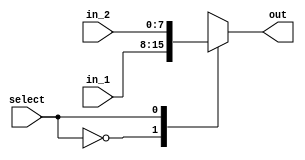
module Mux2 (
    input select,
    input [7:0] in_1,
    input [7:0] in_2,
    output reg [7:0] out
);
    always @(*) begin
        case (select)
            0: out = in_1;
            1: out = in_2;
        endcase
    end
endmodule